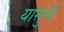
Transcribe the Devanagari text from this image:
यासुनी